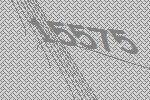
15575